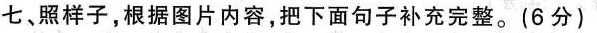
七、照样子，根据图片内容，把下面句子补充完整。(6分)